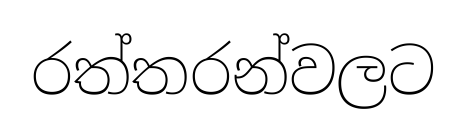
රත්තරන්වලට